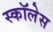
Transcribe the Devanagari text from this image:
स्कॉलेस